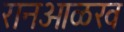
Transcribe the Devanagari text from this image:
रानओळख